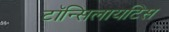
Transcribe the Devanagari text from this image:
टॉन्सिलायटिस